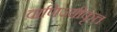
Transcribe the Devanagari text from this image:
वाणिज्यीकृत्त